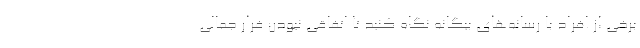
برخی از افراد با رسانه‌های بیگانه نگاه کنید تا اتفاقی نبودن فرار جمالی